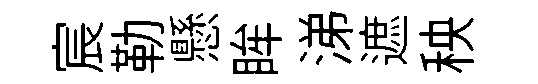
宸勒懸眸涕遮秧